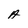
Character: A